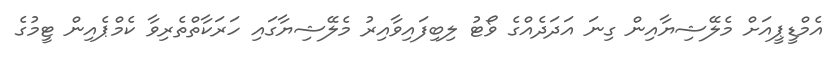
އެމްޑީޕީއަށް މެލޭޝިޔާއިން ގިނަ އަދަދެއްގެ ވޯޓު ލިބިފައިވާއިރު މެލޭޝިޔާގައި ހަރަކާތްތެރިވާ ކެމްޕެއިން ޓީމުގެ